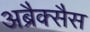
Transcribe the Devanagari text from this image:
अब्रैक्सैस